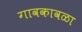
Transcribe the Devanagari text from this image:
गावकावळा